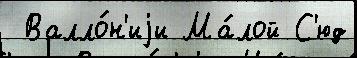
 Валло́н'иjи Ма́лой С'юд